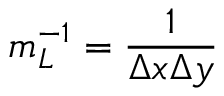
m _ { L } ^ { - 1 } = \frac { 1 } { \Delta x \Delta y }